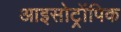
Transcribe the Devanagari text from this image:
आइसोट्रॉपिक